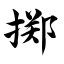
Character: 掷